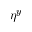
\eta ^ { y }